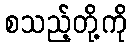
စသည့်တို့ကို